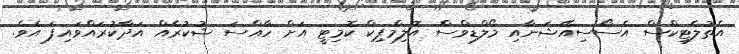
އެތުލެޓިކްސް އެސޯސިއޭޝަނާއި މޯލްޑިވްސް އޮލިމްޕިކް ކޮމިޓީ އަށް ހާއްސަ ޝުކުރެއް އަދާކުރައްވައިފަ އެވެ.